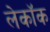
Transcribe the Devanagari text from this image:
लेकॉक